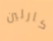
كارلين